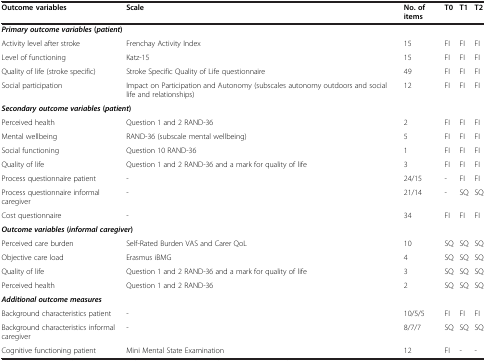
<table><thead><tr><td><b>Outcome variables</b></td><td><b>Scale</b></td><td><b>No.of items</b></td><td><b>T0</b></td><td><b>T1</b></td><td><b>T2</b></td></tr></thead><tbody><tr><td colspan="6"><b><i>Primary outcome variables</i></b><b> (</b><b><i>patient</i></b><b>)</b></td></tr><tr><td>Activity level after stroke</td><td>Frenchay Activity Index</td><td>15</td><td>FI</td><td>FI</td><td>FI</td></tr><tr><td>Level of functioning</td><td>Katz-15</td><td>15</td><td>FI</td><td>FI</td><td>FI</td></tr><tr><td>Quality of life (stroke specific)</td><td>Stroke Specific Quality of Life questionnaire</td><td>49</td><td>FI</td><td>FI</td><td>FI</td></tr><tr><td>Social participation</td><td>Impact on Participation and Autonomy (subscales autonomy outdoors and social life and relationships)</td><td>12</td><td>FI</td><td>FI</td><td>FI</td></tr><tr><td colspan="6"><b><i>Secondary outcome variables</i></b><b> (</b><b><i>patient</i></b><b>)</b></td></tr><tr><td>Perceived health</td><td>Question 1 and 2 RAND-36</td><td>2</td><td>FI</td><td>FI</td><td>FI</td></tr><tr><td>Mental wellbeing</td><td>RAND-36 (subscale mental wellbeing)</td><td>5</td><td>FI</td><td>FI</td><td>FI</td></tr><tr><td>Social functioning</td><td>Question 10 RAND-36</td><td>1</td><td>FI</td><td>FI</td><td>FI</td></tr><tr><td>Quality of life</td><td>Question 1 and 2 RAND-36 and a mark for quality of life</td><td>3</td><td>FI</td><td>FI</td><td>FI</td></tr><tr><td>Process questionnaire patient</td><td>-</td><td>24/15</td><td>-</td><td>FI</td><td>FI</td></tr><tr><td>Process questionnaire informal caregiver</td><td>-</td><td>21/14</td><td>-</td><td>SQ</td><td>SQ</td></tr><tr><td>Cost questionnaire</td><td>-</td><td>34</td><td>FI</td><td>FI</td><td>FI</td></tr><tr><td colspan="6"><b><i>Outcome variables</i></b><b> (</b><b><i>informal caregiver</i></b><b>)</b></td></tr><tr><td>Perceived care burden</td><td>Self-Rated Burden VAS and Carer QoL</td><td>10</td><td>SQ</td><td>SQ</td><td>SQ</td></tr><tr><td>Objective care load</td><td>Erasmus iBMG</td><td>4</td><td>SQ</td><td>SQ</td><td>SQ</td></tr><tr><td>Quality of life</td><td>Question 1 and 2 RAND-36 and a mark for quality of life</td><td>3</td><td>SQ</td><td>SQ</td><td>SQ</td></tr><tr><td>Perceived health</td><td>Question 1 and 2 RAND-36</td><td>2</td><td>SQ</td><td>SQ</td><td>SQ</td></tr><tr><td colspan="6"><b><i>Additional outcome measures</i></b></td></tr><tr><td>Background characteristics patient</td><td>-</td><td>10/5/5</td><td>FI</td><td>FI</td><td>FI</td></tr><tr><td>Background characteristics informal caregiver</td><td>-</td><td>8/7/7</td><td>SQ</td><td>SQ</td><td>SQ</td></tr><tr><td>Cognitive functioning patient</td><td>Mini Mental State Examination</td><td>12</td><td>FI</td><td>-</td><td>-</td></tr></tbody></table>